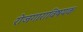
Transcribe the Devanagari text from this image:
रोजगाराविषयक